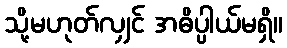
သို့မဟုတ်လျှင် အဓိပ္ပါယ်မရှိ။